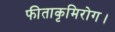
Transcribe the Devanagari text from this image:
फीताकृमिरोग।